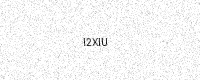
Text: I2XIU